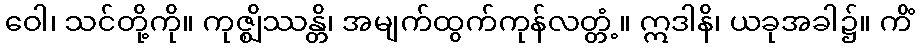
ဝေါ၊ သင်တို့ကို။ ကုဇ္ဈိဿန္တိ၊ အမျက်ထွက်ကုန်လတ္တံ့။ ဣဒါနိ၊ ယခုအခါ၌။ ကိံ